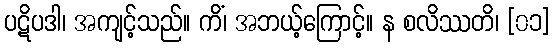
ပဋိပဒါ၊ အကျင့်သည်။ ကိံ၊ အဘယ့်ကြောင့်။ န စလိဿတိ၊ [၀၁]